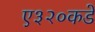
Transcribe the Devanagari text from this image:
ए३२०कडे